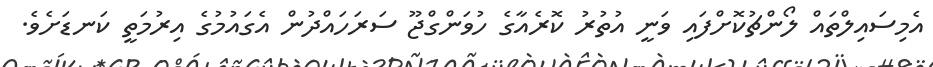
އެމިސައިލްތައް ލޯންޗުކޮށްފައި ވަނީ އުތުރު ކޮރެއާގެ ހުވަންގްޖޫ ސަރަހައްދުން އެގައުމުގެ އިރުމަތީ ކަނޑަށެވެ.